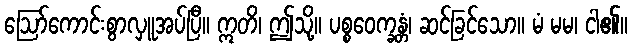
ဩော်ကောင်းစွာလှူအပ်ပြီ။ ဣတိ၊ ဤသို့။ ပစ္စဝေက္ခန္တံ၊ ဆင်ခြင်သော။ မံ မမ၊ ငါ၏။